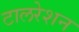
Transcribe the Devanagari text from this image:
टालरेशन